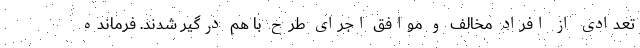
تعدادی از افراد مخالف و موافق اجرای طرح با هم درگیر شدند. فرمانده